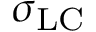
\sigma _ { \mathrm { L C } }